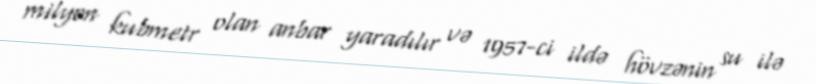
milyon kubmetr olan anbar yaradılır və 1957-ci ildə hövzənin su ilə